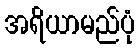
အရိယာမည်ပုံ